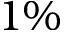
1 \%